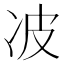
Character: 𰃺